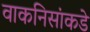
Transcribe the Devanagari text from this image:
वाकनिसांकडे